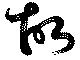
故